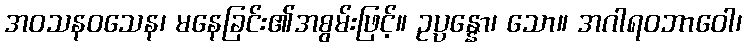
အဝသနဝသေန၊ မနေခြင်း၏အစွမ်းဖြင့်။ ဥပ္ပန္နော၊ သော။ အဂါရဝဘာဝေါ၊